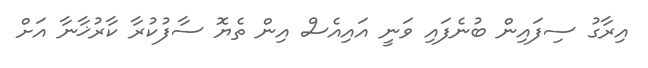
އިރާގު ސިފައިން ބުނެފައި ވަނީ އައިއެސް އިން ތެޔޮ ސާފުކުރާ ކާރުޚާނާ އަށް